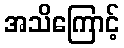
အသိကြောင့်